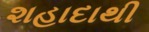
શહાદાથી